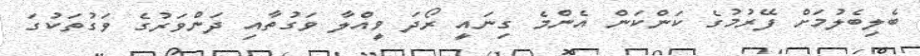
ބެލިބެލުމަށް ފޭރުމުގެ ކަންކަން އެންމެ ގިނައީ ރޯދަ ވީއްލާ ވަގުތާއި ދަންވަރުގެ ވަގުތަކުގަ